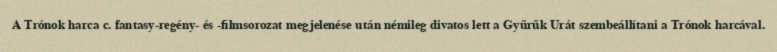
A Trónok harca c. fantasy-regény- és -filmsorozat megjelenése után némileg divatos lett a Gyűrűk Urát szembeállítani a Trónok harcával.